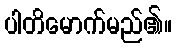
ပါတိမောက်မည်၏။